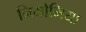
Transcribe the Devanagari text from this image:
निमोमिया